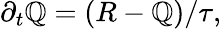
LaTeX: \partial_{t}\mathbb{Q}=(R-\mathbb{Q})/\tau,